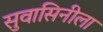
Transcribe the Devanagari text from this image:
सुवासिनीला